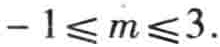
\(-1\leqslant m\leqslant3\)